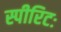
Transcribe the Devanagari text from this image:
स्पीरिटः